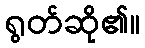
ရွတ်ဆို၏။